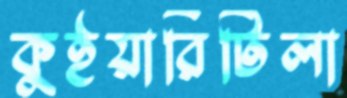
কুইয়ারিটিলা